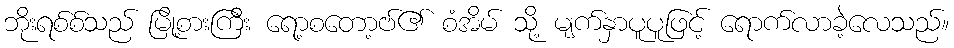
ဘိုးရစ်စ်သည် မြို့စားကြီး ရော့စတော့ဗ်၏ စံအိမ် သို့ မျက်နှာပူပူဖြင့် ရောက်လာခဲ့လေသည်။